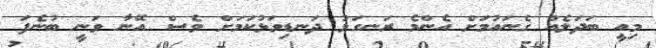
މިއީ ބަދަލެއް ގެނައުމަށް އެންމެ ރަނގަޅު ދަނޑިވަޅުކަމަށް ވެސް އޭނާ ވަނީ ބުނެފަ